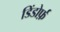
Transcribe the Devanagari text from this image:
डिंडोर्फ़